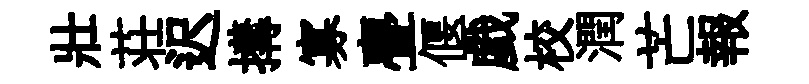
壯荘迟搆寡亹偃戯校潤芒報